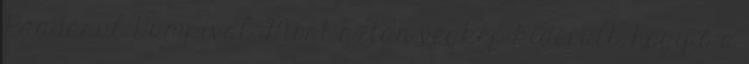
Ráadásul Rumpival. Most aztán végkép kiderült, hogy ő a